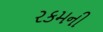
રકમની